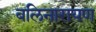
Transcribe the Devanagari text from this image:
बलिनारायण